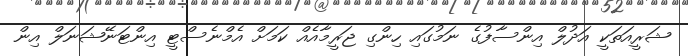
ޝަރީއަތަކީ އަދުލް އިންސާފުގެ ނަމުގައި ހިންގި ޖަރީމާއެއް ކަމަށް އެމްނެސްޓީ އިންޓަނޭޝަނަލް އިން